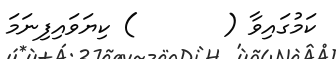
ކަމުގައިވާ (       ) ކިޔަވައިފިނަމަ